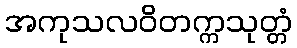
အကုသလဝိတက္ကသုတ္တံ